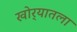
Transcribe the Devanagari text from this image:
खोर्‍यातला